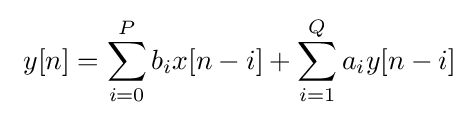
\ y[n]=\sum _{i=0}^{P}b_{i}x[n-i]+\sum _{i=1}^{Q}a_{i}y[n-i]